画像に写った文字を読んでください
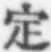
「定」と書いてあります